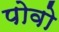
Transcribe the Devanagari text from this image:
पोवो